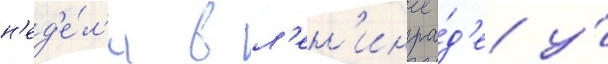
н'ед'е́л'и в л'ен'ингра́д'е у́